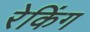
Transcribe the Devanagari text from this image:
रेकिंग